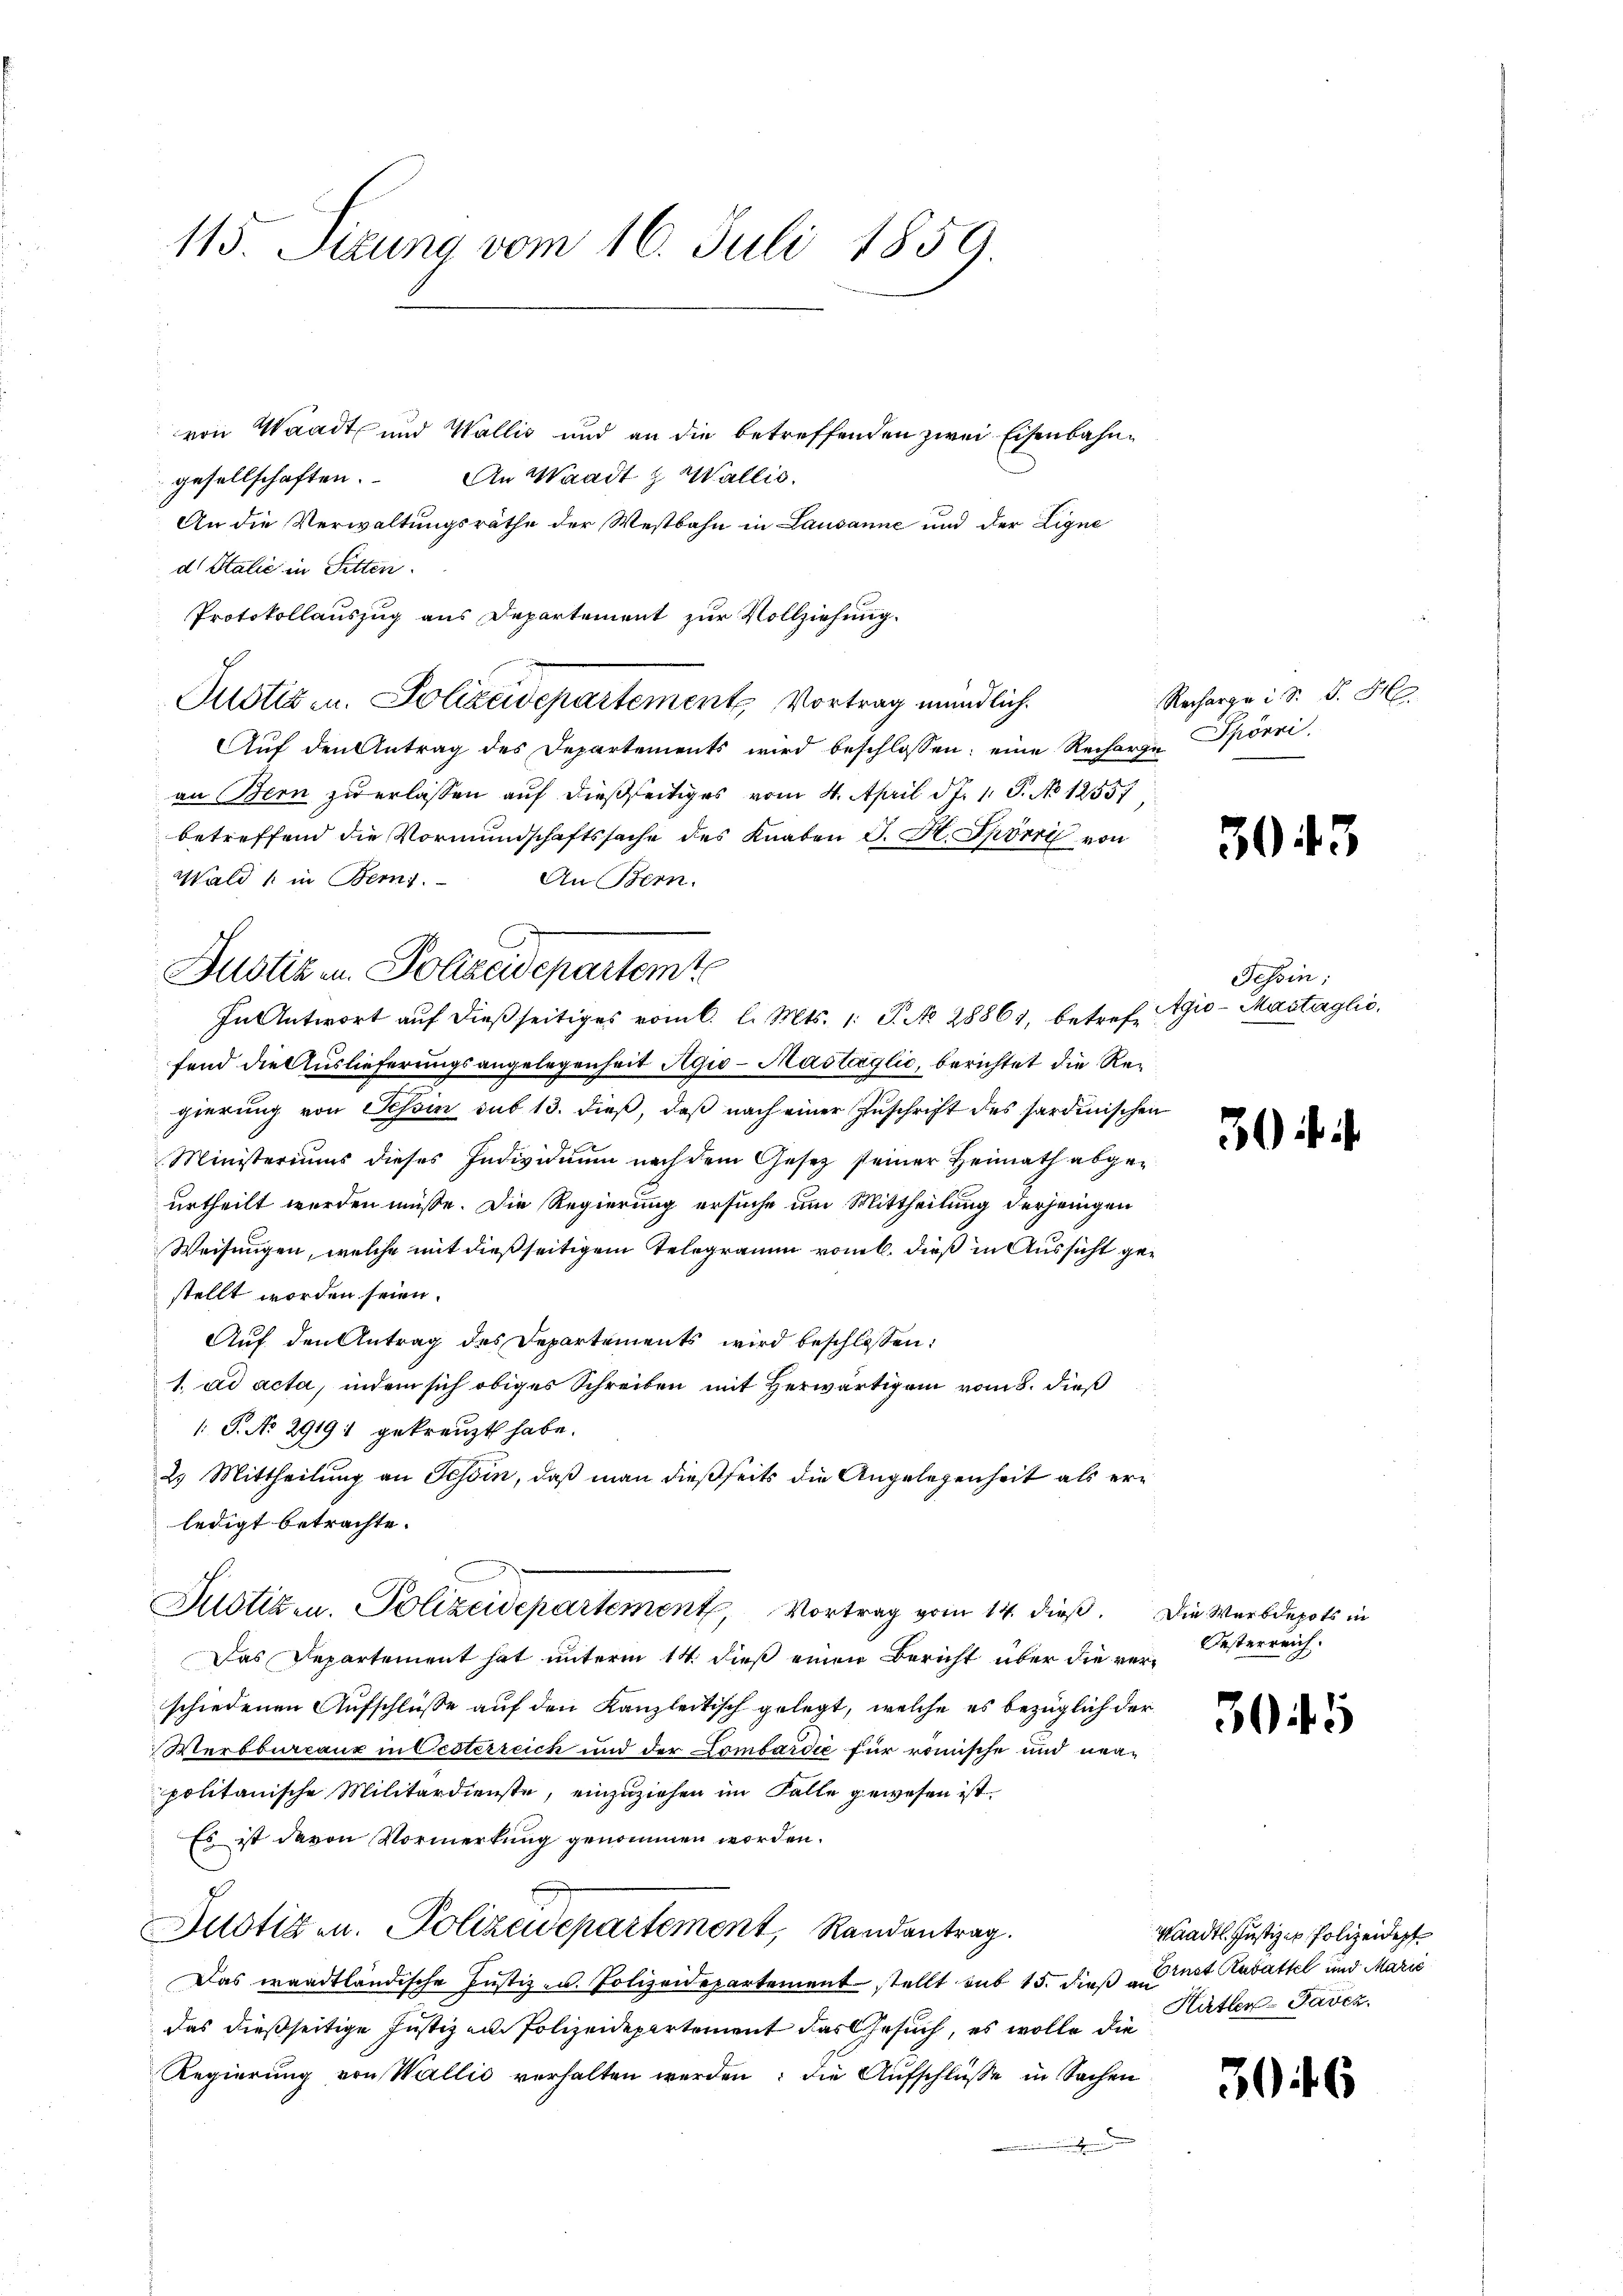
von Waadt und Wallis und an die betreffenden zwei Eisenbahn¬
An Waadt & Wallis.
gesellschaften.
An die Verwaltungsräthe der Westbahn in Lausanne und der Ligne
d Italić in Sitten.
Protokollauszug aus Departement zur Vollziehung.
Auf den Antrag des Departements wird beschlossen; eine Recharge Spörri
an Bern zu erlassen auf dießseitiges vom 4. April d. J. 1. P. No 1255.
betreffend die Vormundschaftssache des Knaben G. H. Spörri von
fend die Auslieferungsangelegenheit Agio-Mastaglić, berichtet die Regierung von Tessin sub 13. dieß, daß nach einer Zuschrift des sardinischen
Ministeriums dieses Individuum nach dem Gesetz seiner Heimath abgeurtheilt werden müsse. Die Regierung ersuche am Mittheilung derjenigen
Weisungen, welche mit dießseitigem Telegramm vom l. dieß in Aussicht gestellt worden seien.
Auf den Antrag des Departements wird beschlossen:
1. ad acta, indem sich obiges Schreiben mit Herwärtigen vom 8. dieß
1 J. No 29191 gekreuzt habe.
2.) Mittheilung an Schön, daß man dießseits die Angelegenheit als erledigt betrachte.
Justizen. Polizeidepartement, Vortrag vom 14. dieß. Die Werbdepots in
Das Departement hat unterm 14. dieß einen Bericht über die verschiedenen Aufschlüße auf den Kanzleitisch gelegt, welche es bezüglich der
Werbbureaux in Oesterreich und der Lombardie für römische und neupolitanische Militärdienste, einzuziehen im Falle gewesen ist.
Es ist davon Vormerkung genommen worden.
Justizen. Polizeidepartement, Randantrag.
Das waadtländische Justiz- u. Polizeidepartement stellt sub 15. dieß ist Rabattel und Marić
das dießseitige Justiz am Polizeidepartement das Gesuch, es wolle die
Regierung von Wallis verhalten werden: die Aufschlüße in Sachen
.

115. Sizung vom 16. Juli 1859.

Wald (: in Bern.
An Bern.
Justiz in Polizeidepartemte
In Antwort auf dießseitiges vom C. l. Mts. 1. P. No 28864, betrefe¬

Justiz- u. Polizeidepartement Vortrag mündlich.

Recharge in d. J. H.

3043

Tessin:
gio-Mastäglic

3

Oesterreich.

3045

aadtl. Justizio Polizeidep
Hütter-Pavcz

306